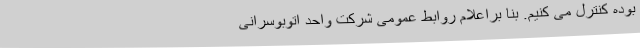
بوده کنترل می کنیم. بنا براعلام روابط عمومی شرکت واحد اتوبوسرانی